Report of the Municipal Commissioner on the plague in Bombay for the year ending 31st May... - Volume 2
Disease focus: Plague
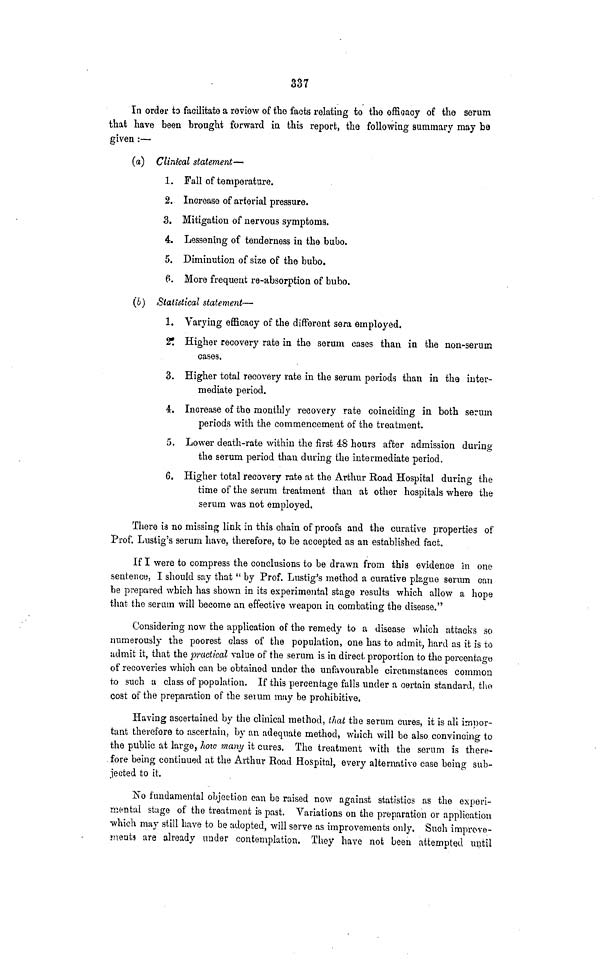
337
In order to facilitate a review of the facts relating to the efficacy of the serum
that have been brought forward in this report, the following summary may be
given :—
(a) Clinical statement—
1. Fall of temperature.
2. Increase of arterial pressure.
3. Mitigation of nervous symptoms.
4. Lessening of tenderness in the bubo.
5. Diminution of size of the bubo.
6. More frequent re-absorption of bubo.
(b) Statistical statement—
1. Varying efficacy of the different sera employed.
2. Higher recovery rate in the serum cases than in the non-serum
cases.
3. Higher total recovery rate in the serum periods than in the inter-
mediate period.
4. Increase of the monthly recovery rate coinciding in both serum
periods with the commencement of the treatment.
5. Lower death-rate within the first 48 hours after admission during
the serum period than during the intermediate period.
6. Higher total recovery rate at the Arthur Road Hospital during the
time of the serum treatment than at other hospitals where the
serum was not employed.
There is no missing link in this chain of proofs and the curative properties of
Prof. Lustig's serum have, therefore, to be accepted as an established fact.
If I were to compress the conclusions to be drawn from this evidence in one
sentence, I should say that "by Prof. Lustig's method a curative plague serum can
be prepared which has shown in its experimental stage results which allow a hope
that the serum will become an effective weapon in combating the disease."
Considering now the application of the remedy to a disease which attacks so
numerously the poorest class of the population, one has to admit, hard as it is to
admit it, that the practical value of the serum is in direct proportion to the percentage
of recoveries which can be obtained under the unfavourable circumstances common
to such a class of population. If this percentage falls under a certain standard, the
cost of the preparation of the serum may be prohibitive.
Having ascertained by the clinical method, that the serum cures, it is all impor-
tant therefore to ascertain, by an adequate method, which will be also convincing to
the public at large, hoto many it cures. The treatment with the serum is there-
fore being continued at the Arthur Road Hospital, every alternative case being sub-
jected to it.
No fundamental objection can be raised now against statistics as the experi-
mental stage of the treatment is past. Variations on the preparation or application
which may still have to be adopted, will serve as improvements only. Such improve-
ments are already under contemplation. They have not been attempted until